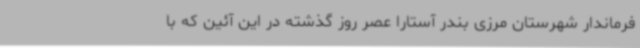
فرماندار شهرستان مرزی بندر آستارا عصر روز گذشته در این آئین که با